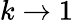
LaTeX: k\to 1